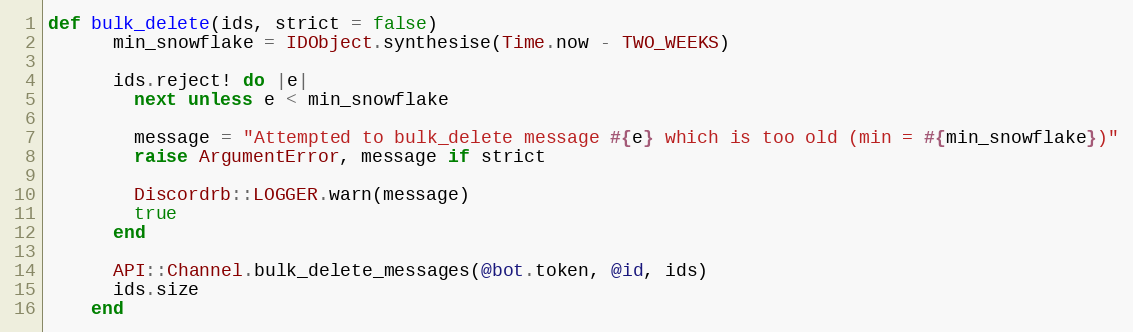
Language: Ruby
def bulk_delete(ids, strict = false)
      min_snowflake = IDObject.synthesise(Time.now - TWO_WEEKS)

      ids.reject! do |e|
        next unless e < min_snowflake

        message = "Attempted to bulk_delete message #{e} which is too old (min = #{min_snowflake})"
        raise ArgumentError, message if strict

        Discordrb::LOGGER.warn(message)
        true
      end

      API::Channel.bulk_delete_messages(@bot.token, @id, ids)
      ids.size
    end